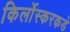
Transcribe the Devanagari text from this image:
किर्लोस्करकडे